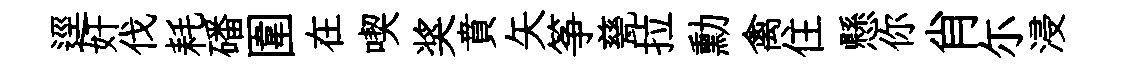
逕奸伐耗磻圍在喫奖賁矢筝甆拉勳禽住懸你肖尓浸